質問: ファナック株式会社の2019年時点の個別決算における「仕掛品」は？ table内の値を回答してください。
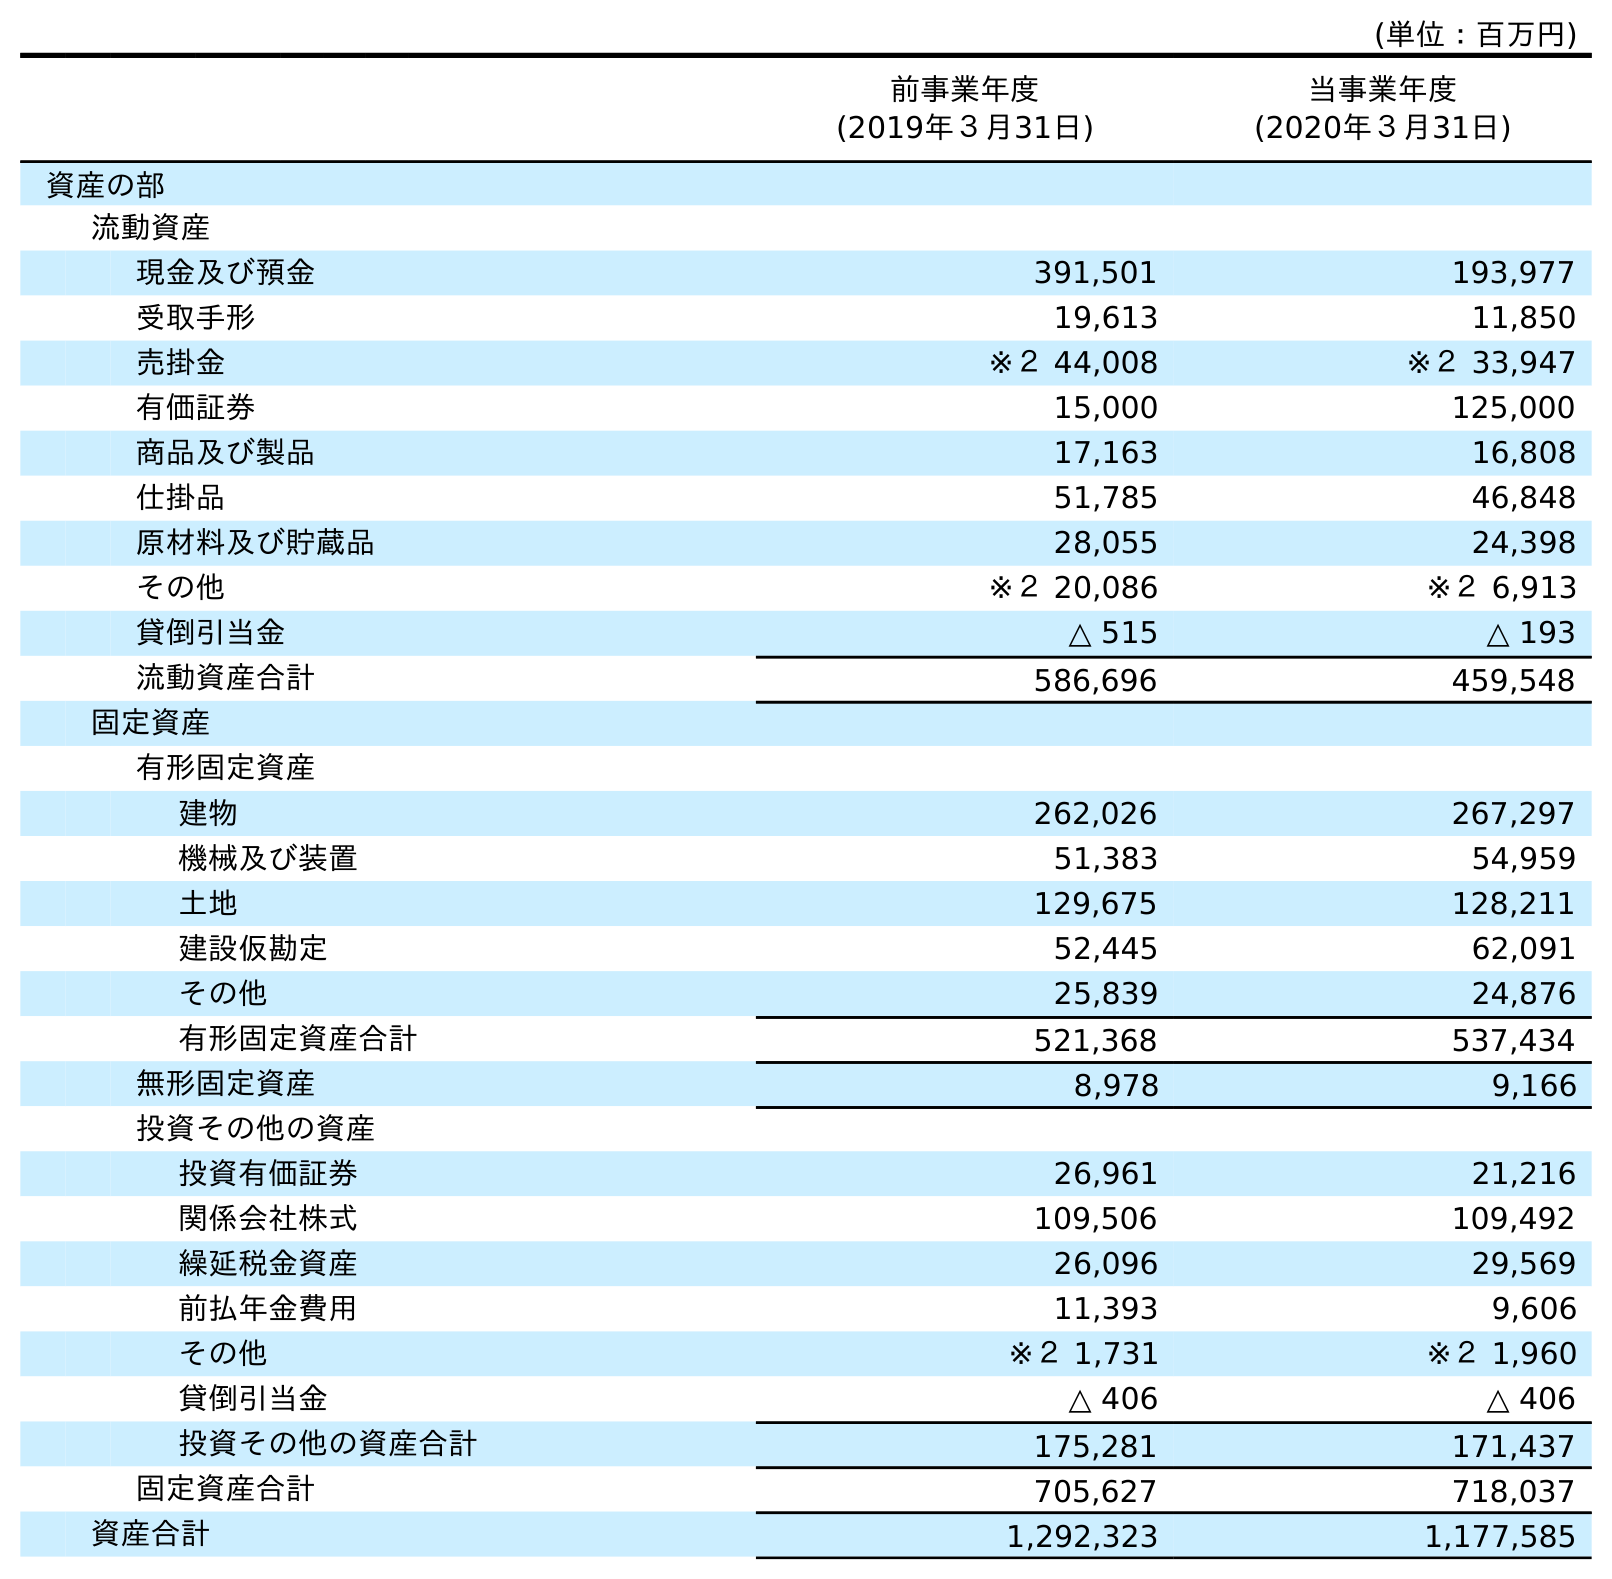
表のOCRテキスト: (単位：百万円) 前事業年度 (2019年３月31日) 当事業年度 (2020年３月31日) 資産の部 流動資産 現金及び預金 391,501 193,977 受取手形 19,613 11,850 売掛金 ※２ 44,008 ※２ 33,947 有価証券 15,000 125,000 商品及び製品 17,163 16,808 仕掛品 51,785 46,848 原材料及び貯蔵品 28,055 24,398 その他 ※２ 20,086 ※２ 6,913 貸倒引当金 △ 515 △ 193 流動資産合計 586,696 459,548 固定資産 有形固定資産 建物 262,026 267,297 機械及び装置 51,383 54,959 土地 129,675 128,211 建設仮勘定 52,445 62,091 その他 25,839 24,876 有形固定資産合計 521,368 537,434 無形固定資産 8,978 9,166 投資その他の資産 投資有価証券 26,961 21,216 関係会社株式 109,506 109,492 繰延税金資産 26,096 29,569 前払年金費用 11,393 9,606 その他 ※２ 1,731 ※２ 1,960 貸倒引当金 △ 406 △ 406 投資その他の資産合計 175,281 171,437 固定資産合計 705,627 718,037 資産合計 1,292,323 1,177,585
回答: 51,785